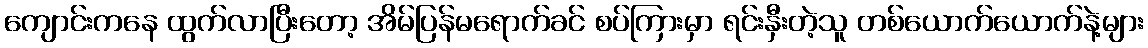
ကျောင်းကနေ ထွက်လာပြီးတော့ အိမ်ပြန်မရောက်ခင် စပ်ကြားမှာ ရင်းနှီးတဲ့သူ တစ်ယောက်ယောက်နဲ့များ